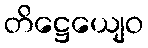
တိဋ္ဌေယျေဝ